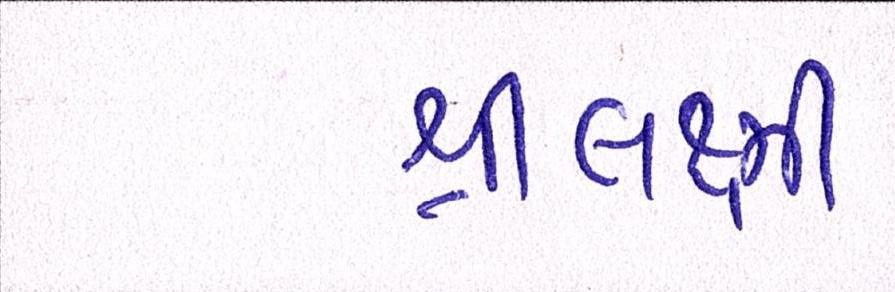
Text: શ્રીલક્ષ્મી